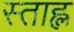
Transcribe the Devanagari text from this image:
स्ताह्ल